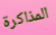
المذاكرة